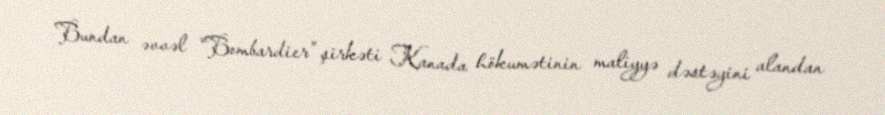
Bundan əvvəl “Bombardier” şirkəti Kanada hökumətinin maliyyə dəstəyini alandan